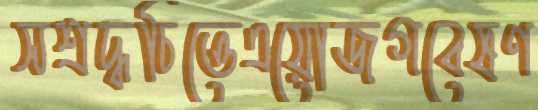
সশ্রদ্ধচিত্তেএয়োজগবেষণ